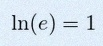
\ln(e)=1